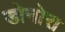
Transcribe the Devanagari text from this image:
डोनोरा